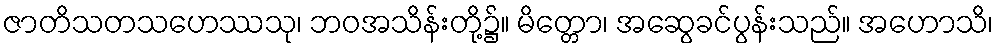
ဇာတိသတသဟေဿသု၊ ဘဝအသိန်းတို့၌။ မိတ္တော၊ အဆွေခင်ပွန်းသည်။ အဟောသိ၊